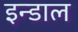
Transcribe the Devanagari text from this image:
इन्डाल